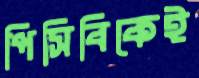
পিসিবিকেই